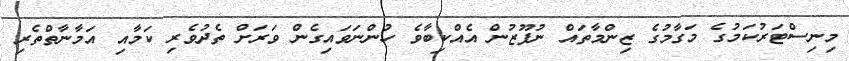
މިނިސްޓަރުކަމުގެ މަގާމުގެ ޒިންމާތައް ނުފޫޒުން އެއްކިބާވެ ހުންނަވައިގެން ވަރަށް ތެދުވެރި ކަމާއި އަމާނާތްތެރި